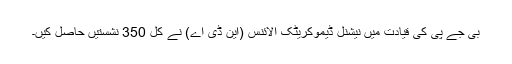
بی جے پی کی قیادت میں نیشنل ڈیموکریٹک الائنس (این ڈی اے) نے کُل 350 نشستیں حاصل کیں۔